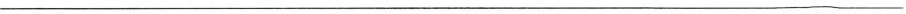
___